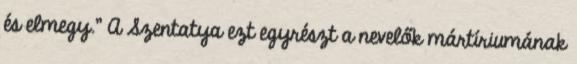
és elmegy.” A Szentatya ezt egyrészt a nevelők mártíriumának